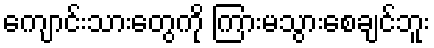
ကျောင်းသားတွေကို ကြားမသွားစေချင်ဘူး